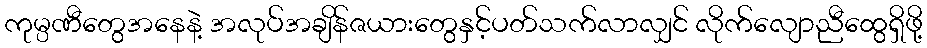
ကုမ္ပဏီတွေအနေနဲ့ အလုပ်အချိန်ဇယားတွေနှင့်ပတ်သက်လာလျှင် လိုက်လျောညီထွေရှိဖို့